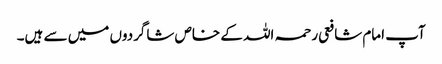
آپ امام شافعی رحمہ اللہ کے خاص شاگردوں میں سے ہیں۔